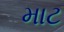
માટ